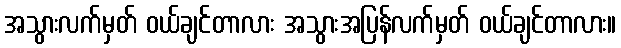
အသွားလက်မှတ် ဝယ်ချင်တာလား အသွားအပြန်လက်မှတ် ဝယ်ချင်တာလား။